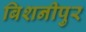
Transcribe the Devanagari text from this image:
बिशनीपुर